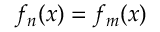
f _ { n } ( x ) = f _ { m } ( x )